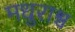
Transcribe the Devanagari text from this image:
मधुराश्च